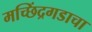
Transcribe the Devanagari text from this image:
मच्छिंद्रगडाचा